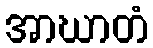
အာဃာတံ